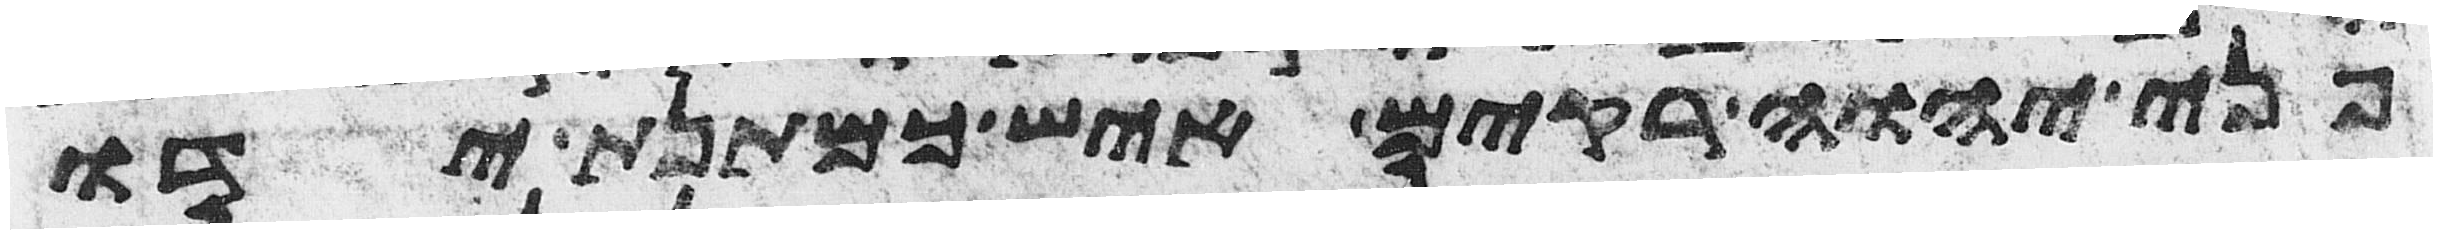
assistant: פני יהוה רקים איש כמתנת ידו